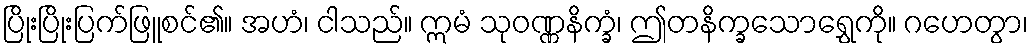
ပြိုးပြိုးပြက်ဖြူစင်၏။ အဟံ၊ ငါသည်။ ဣမံ သုဝဏ္ဏနိက္ခံ၊ ဤတနိက္ခသောရွှေကို။ ဂဟေတွာ၊